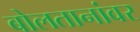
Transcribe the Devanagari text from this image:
बोलतानांवर